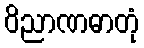
ဝိညာဏဓာတုံ